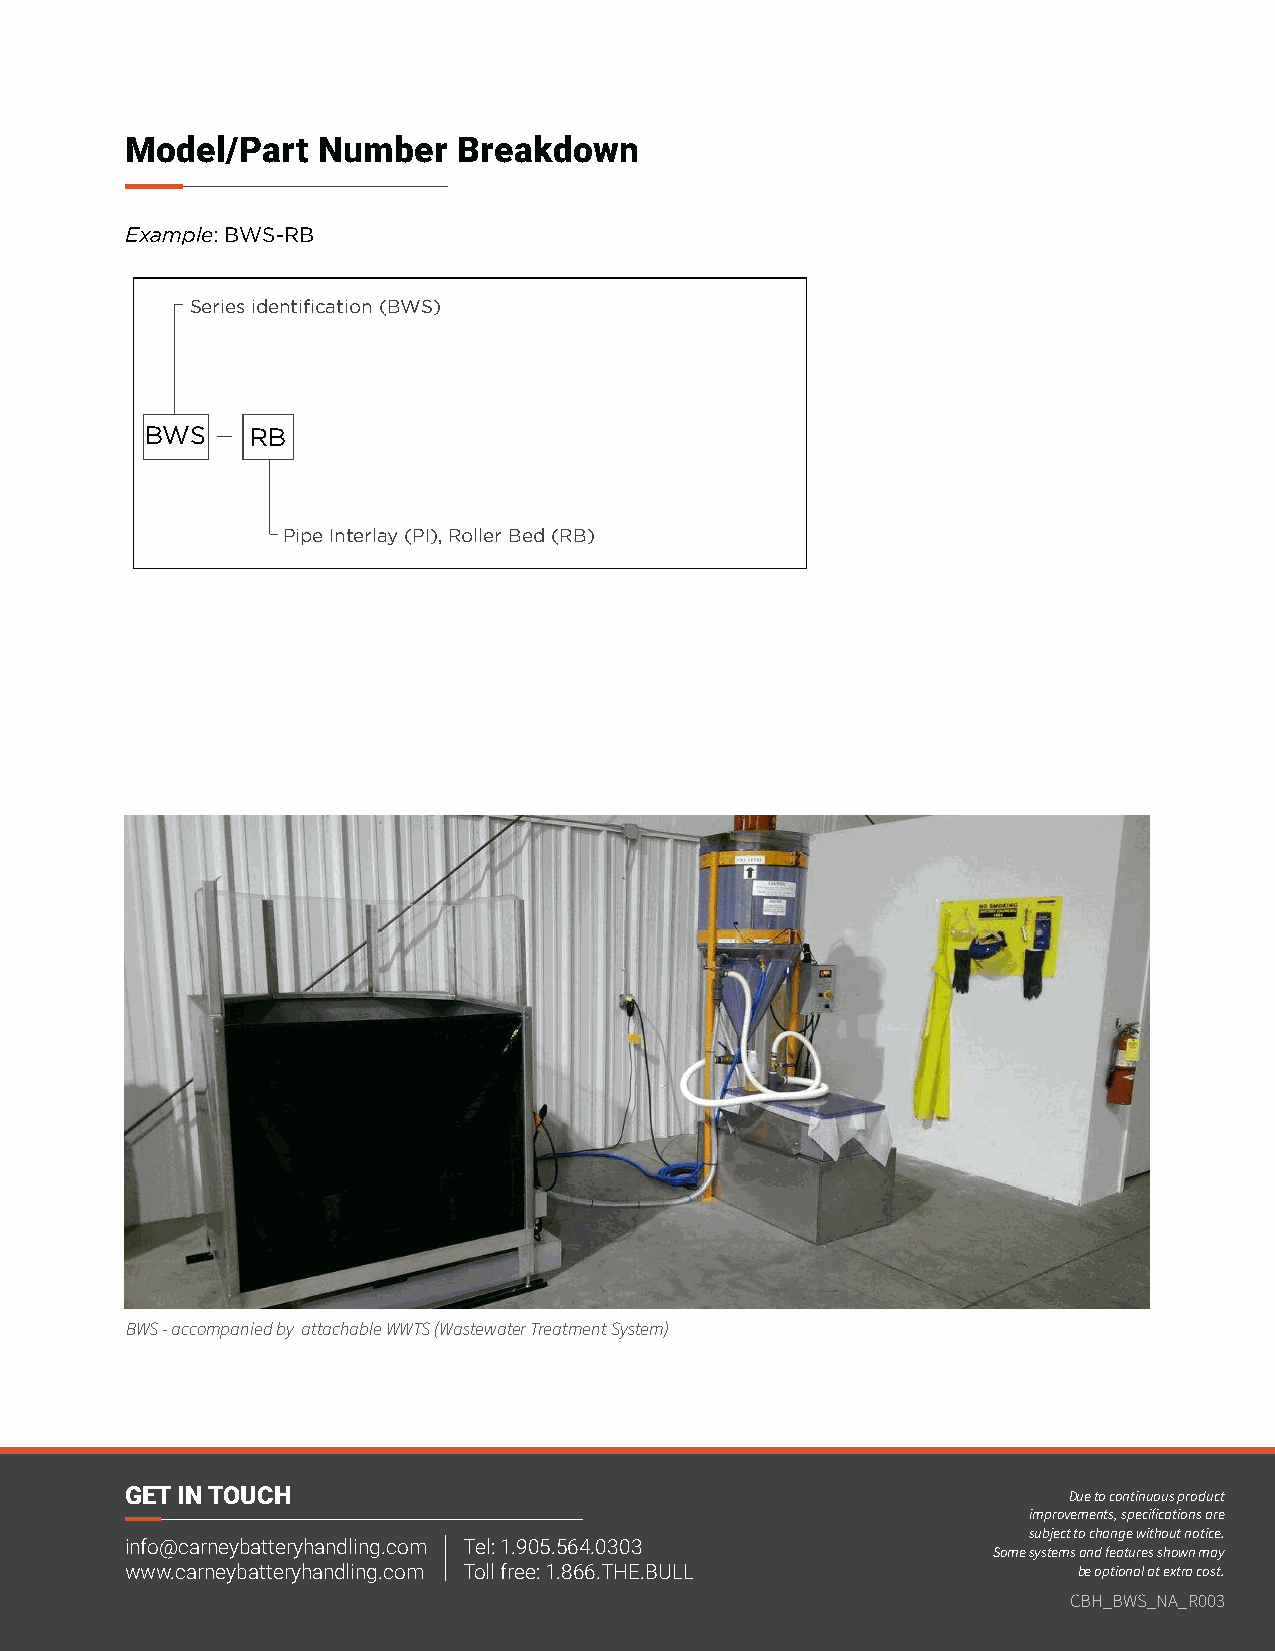
Model/Part   Number   Breakdown
 Example: BWS-RB
 Series identification (BWS)
 BWS    RB
 Pipe Interlay (PI), Roller Bed (RB)
 BWS - accompanied by attachable WWTS (Wastewater Treatment System)
 GET IN TOUCH                                                   Due to continuous product
 improvements, specifications are
 subject to change without notice.
 info@carneybatteryhandling.com Tel: 1.905.564.0303
 Some systems and features shown may
 www.carneybatteryhandling.com Toll free: 1.866.THE.BULL        be optional at extra cost.
 6 | www.carneybatteryhandling.com
 CBH_BWS_NA_R003